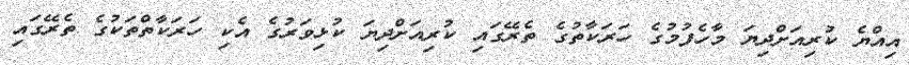
އިއްޔެ ކުރިއަށްދިޔަ މާހެފުމުގެ ހަރަކާތުގެ ތެރޭގައި ކުރިއަށްދިޔަ ކުޅިވަރުގެ އެކި ހަރަކާތްތަކުގެ ތެރޭގައި